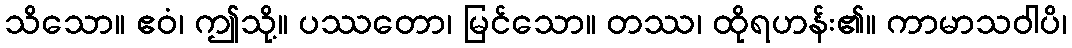
သိသော။ ဧဝံ၊ ဤသို့။ ပဿတော၊ မြင်သော။ တဿ၊ ထိုရဟန်း၏။ ကာမာသဝါပိ၊